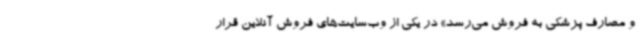
و مصارف پزشکی به فروش می‌رسد» در یکی از وب‌سایت‌های فروش آنلاین قرار